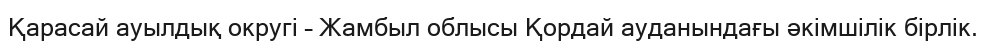
Қарасай ауылдық округі – Жамбыл облысы Қордай ауданындағы әкімшілік бірлік.